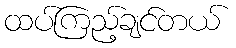
ထပ်ကြည့်ချင်တယ်